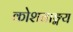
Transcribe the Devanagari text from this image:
कोशवाङ्मय